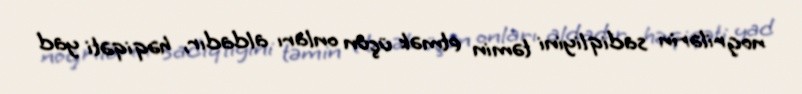
nogrilərin sadiqliyini təmin etmək üçün onları aldadır, həqiqəti yad